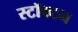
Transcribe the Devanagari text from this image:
स्टॉक्टन